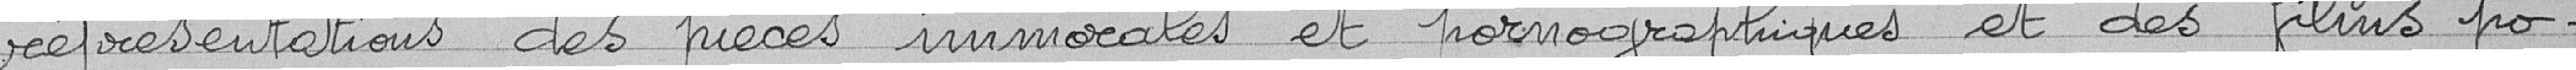
représentations des pièces immorales et pornographiques et des films po